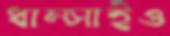
ধাম্‌সাইও